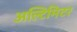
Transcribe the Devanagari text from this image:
अल्टिमिटर